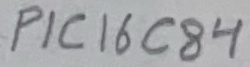
Text: PIC16C84